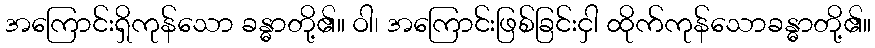
အကြောင်းရှိကုန်သော ခန္ဓာတို့၏။ ဝါ၊ အကြောင်းဖြစ်ခြင်းငှါ ထိုက်ကုန်သောခန္ဓာတို့၏။